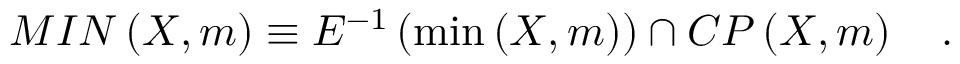
{ \cal M I N } \left( X , m \right) \equiv E ^ { - 1 } \left( \operatorname * { m i n } \left( X , m \right) \right) \cap { \cal C P } \left( X , m \right) \quad .